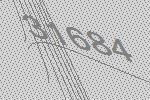
31684